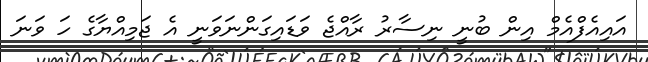
އައިއެފްއެމް އިން ބުނީ ނިސާރު ރާއްޖެ ވަޑައިގަންނަވަނީ އެ ޖަމިއްޔާގެ ހަ ވަނަ